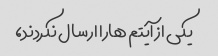
یکی از آیتم هارا ارسال نکردند،